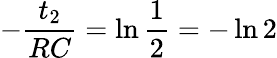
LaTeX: -\frac{t_{2}}{RC}=\ln\frac{1}{2}=-\ln 2